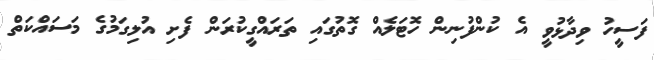
ފަސީހު ވިދާޅުވީ އެ ކުންފުނިން ހޮޓަލެއް ގޮތުގައި ތަރައްގީކުރަން ފެށި އުލިގަމުގެ މަސައްކަތް